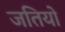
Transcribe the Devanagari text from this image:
जतियो